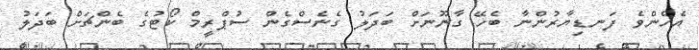
އެހެންވެ ފަނޑިޔާރުންނާ ބެހޭ ގާނޫނަށް ބަދަލު ގެނެސްގެން ސުޕްރީމް ކޯޓުގެ ބެންޗަށް ބަދަލު